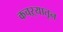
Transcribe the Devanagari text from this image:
कचऱ्यातून